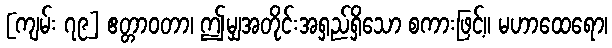
[ကျမ်း ၇၉] ဧတ္တာဝတာ၊ ဤမျှအတိုင်းအရှည်ရှိသော စကားဖြင့်။ မဟာထေရော၊